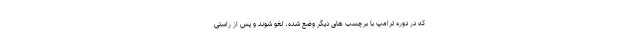
که در دوره ترامپ با برچسب های دیگر وضع شده، لغو شوند و پس از راستی